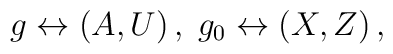
g\leftrightarrow (A,U)\,,\;g_0\leftrightarrow (X,Z)\,,